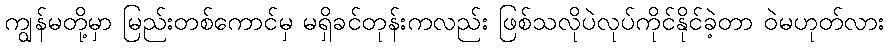
ကျွန်မတို့မှာ မြည်းတစ်ကောင်မှ မရှိခင်တုန်းကလည်း ဖြစ်သလိုပဲလုပ်ကိုင်နိုင်ခဲ့တာ ဝဲမဟုတ်လား